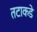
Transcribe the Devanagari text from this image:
तटाकडे